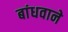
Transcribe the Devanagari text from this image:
बांधवाने